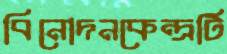
বিনোদনকেন্দ্রটি